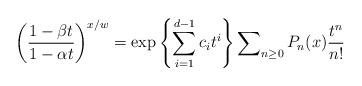
LaTeX: \begin{align*}\left(\frac{1-\beta t}{1-\alpha t}\right)^{x/w}= \exp \left\{ \sum_{i=1}^{d-1}c_{i}t^{i}\right\}\sum\nolimits_{n\geq 0}P_n(x)\frac{t^n}{n!}\end{align*}